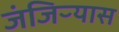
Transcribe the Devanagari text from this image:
जंजिऱ्यास